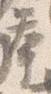
挙